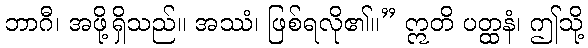
ဘာဂီ၊ အဖို့ရှိသည်။ အဿံ၊ ဖြစ်ရလို၏။” ဣတိ ပတ္ထနံ၊ ဤသို့